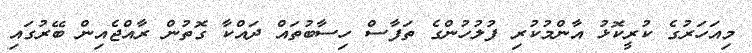
މިއަހަރުގެ ކުރީކޮޅު އާންމުކުރި ފުލުހުންގެ ތަފާސް ހިސާބުތައް ދައްކާ ގޮތުން ރާއްޖެއިން ބޭރުގައި